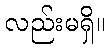
လည်းမရှိ။